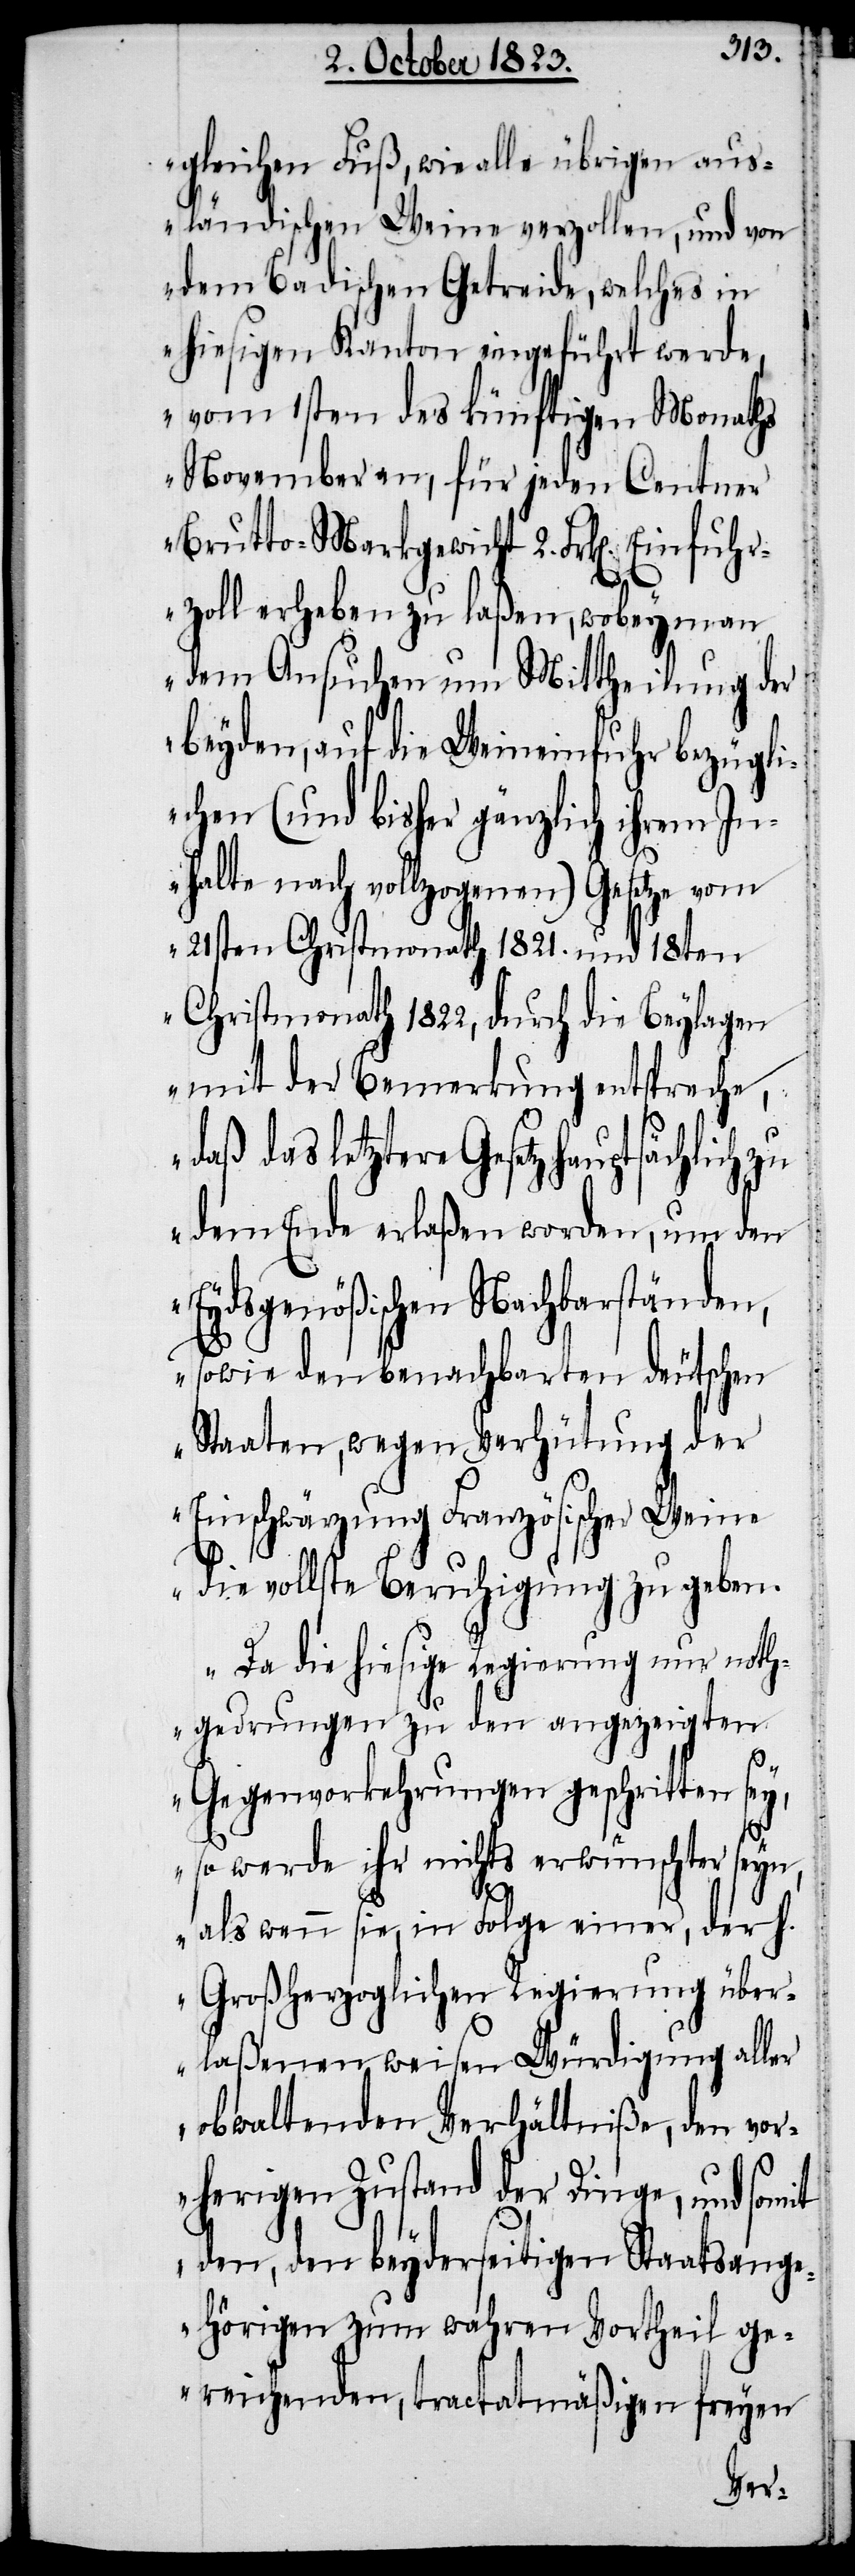
gleichen Fuß, wie alle übrigen aus¬
ländischen Weine verzollen, und von
dem Badischen Getreide, welches in
hiesigen Kanton eingeführt werde,
vom 1sten des künftigen Monaths
November an, für jeden Centner
Brutto-Markgewicht 2. Frk[en]. Einfu¬
hrzoll erheben zu laßen, wobey man
dem Ansuchen um Mittheilung der
beyden, auf die Weineinfuhr bezügli¬
chen (und bisher gänzlich ihrem In¬
halte nach vollzogenen) Gesetze vom
21sten Christmonath 1821. und 18ten
Christmonath 1822, durch die Beylagen
mit der Bemerkung entspreche,
daß das letztere Gesetz hauptsächlich
dem Ende erlaßen worden, um den
Eydsgenößischen Nachbarständen,
sowie den benachbarten deutschen
Staaten, wegen Verhütung der
Einschwärzung Französischer Weine
die vollste Beruhigung zu geben.
Da die hiesige Regierung nur noth¬
gedrungen zu den angezeigten
Gegenvorkehrungen geschritten sey,
so werde ihr nichts erwünschter seyn,
als wenn sie, in Folge einer, der h.
Großherzoglichen Regierung über¬
laßenen weisen Würdigung aller
obwaltenden Verhältniße, den vor¬
herigen Zustand der Dinge, und somit
den, den beyderseitigen Staatsange¬
hörigen zum wahren Vortheil ge¬
reichenden, tractatmäßigen freyen